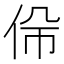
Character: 𠈡